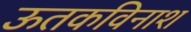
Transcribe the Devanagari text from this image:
ऊतकविनाश